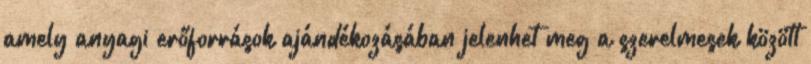
amely anyagi erőforrások ajándékozásában jelenhet meg a szerelmesek között